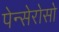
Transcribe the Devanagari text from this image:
पेन्सेरोसो